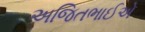
અજિતભાઈએ